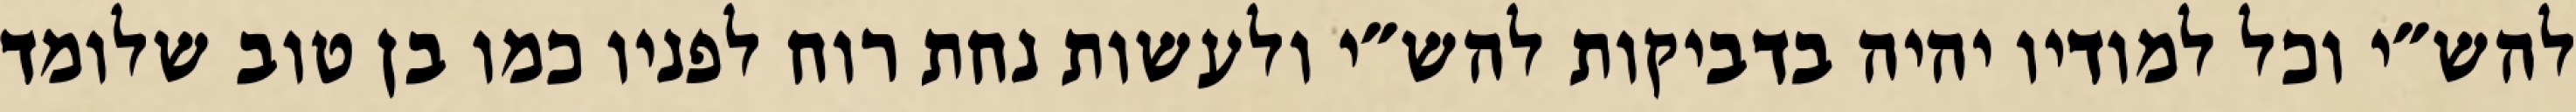
להש״י וכל למודיו יהיה בדביקות להש״י ולעשות נחת רוח לפניו כמו בן טוב שלומד